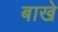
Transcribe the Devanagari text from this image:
बाखे